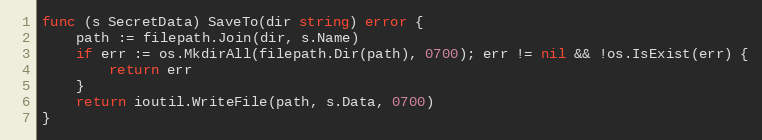
Language: Go
func (s SecretData) SaveTo(dir string) error {
	path := filepath.Join(dir, s.Name)
	if err := os.MkdirAll(filepath.Dir(path), 0700); err != nil && !os.IsExist(err) {
		return err
	}
	return ioutil.WriteFile(path, s.Data, 0700)
}